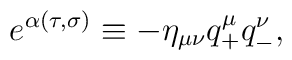
e^{\alpha(\tau,\sigma)}\equiv -\eta_{\mu\nu}q^\mu_+ q^\nu_-,